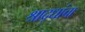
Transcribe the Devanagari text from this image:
श्राद्धांचा